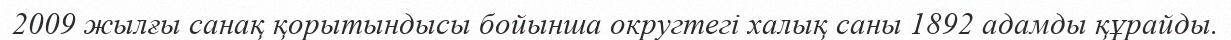
2009 жылғы санақ қорытындысы бойынша округтегі халық саны 1892 адамды құрайды.